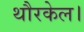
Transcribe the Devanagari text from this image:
थौरकेल।